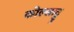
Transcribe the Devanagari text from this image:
कोल्लाट्टू